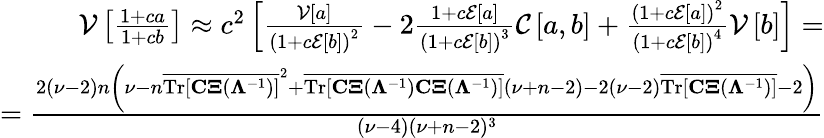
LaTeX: \begin{array}{r}{\mathcal{V}\left[\frac{1+ca}{1+cb}\right]\approx c^{2}\left[\frac{\mathcal{V}\left[a\right]}{\left(1+c\mathcal{E}\left[b\right]\right)^{2}}-2\frac{1+c\mathcal{E}\left[a\right]}{\left(1+c\mathcal{E}\left[b\right]\right)^{3}}\mathcal{C}\left[a,b\right]+\frac{\left(1+c\mathcal{E}\left[a\right]\right)^{2}}{\left(1+c\mathcal{E}\left[b\right]\right)^{4}}\mathcal{V}\left[b\right]\right]=}\\ {=\frac{2(\nu-2)n\left(\nu-n\overline{{\mathrm{Tr}[\mathbf{C\Xi}({\mathbf\Lambda}^{-1})]}}^{2}+\overline{{\mathrm{Tr}[\mathbf{C\Xi}({\mathbf\Lambda}^{-1})\mathbf{C\Xi}({\mathbf\Lambda}^{-1})]}}(\nu+n-2)-2(\nu-2)\overline{{\mathrm{Tr}[\mathbf{C\Xi}({\mathbf\Lambda}^{-1})]}}-2\right)}{(\nu-4)(\nu+n-2)^{3}}}\end{array}